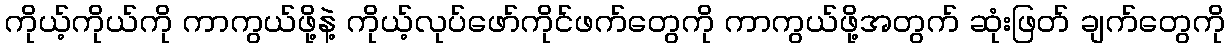
ကိုယ့်ကိုယ်ကို ကာကွယ်ဖို့နဲ့ ကိုယ့်လုပ်ဖော်ကိုင်ဖက်တွေကို ကာကွယ်ဖို့အတွက် ဆုံးဖြတ် ချက်တွေကို